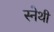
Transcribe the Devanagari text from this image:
स्नेथी